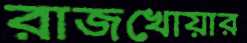
রাজখোয়ার